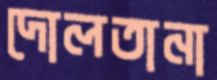
দোলতানা